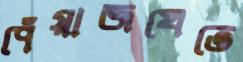
পেঁয়াজখেতে